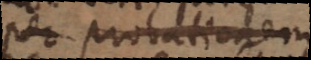
per probationem